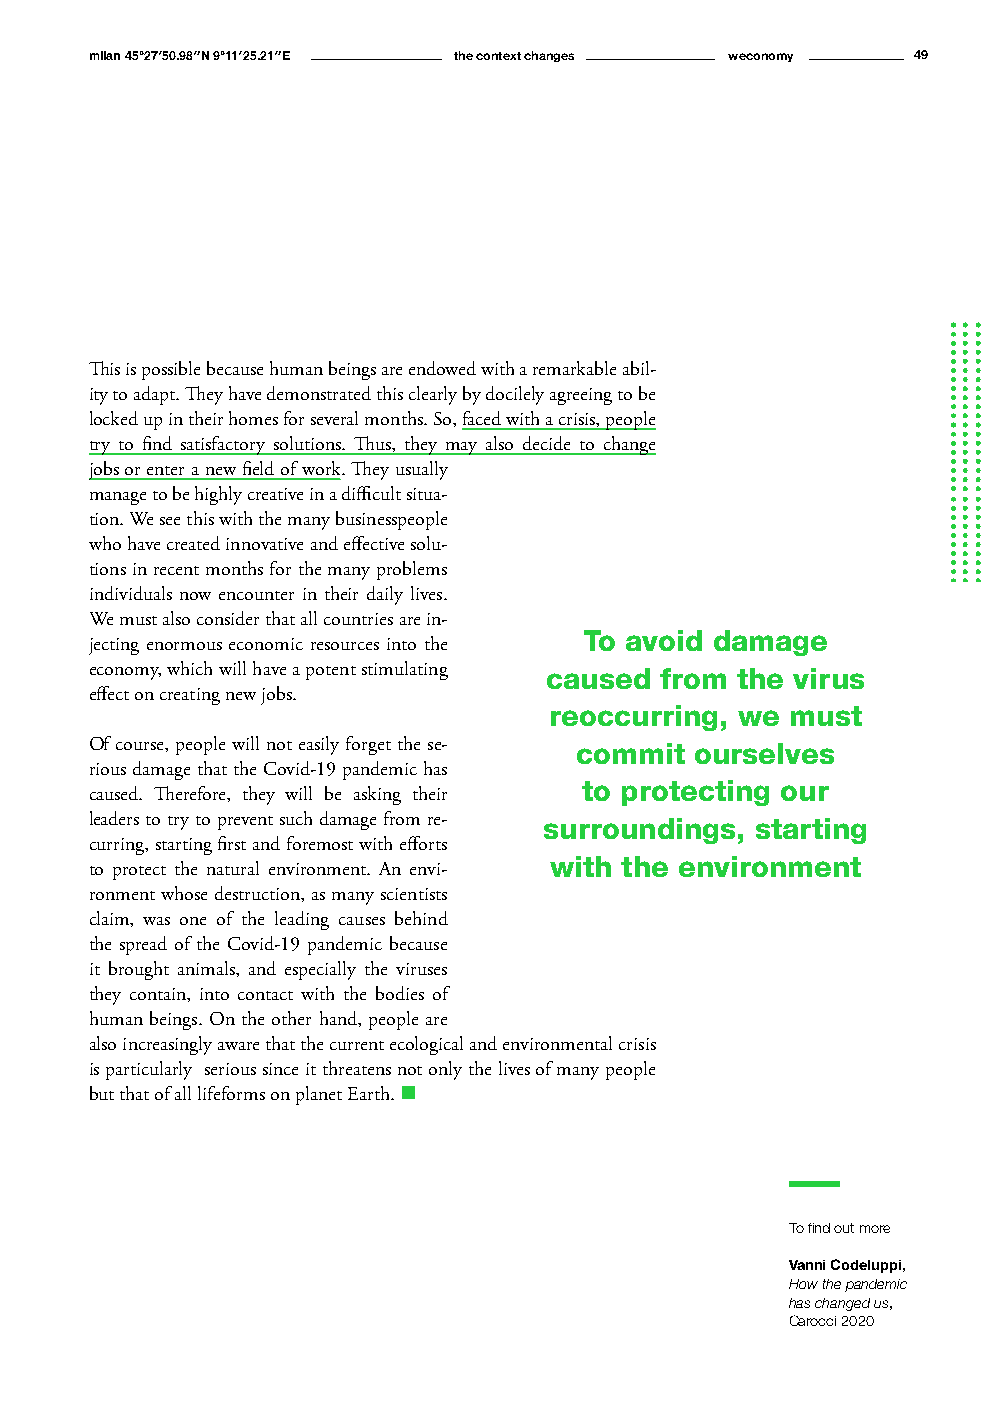
milan 45°27′50.98″N 9°11′25.21″E the context changes weconomy 49
 This is possible because human beings are endowed with a remarkable abil-
 ity to adapt. They have demonstrated this clearly by docilely agreeing to be
 locked up in their homes for several months. So, faced with a crisis, people
 try to find satisfactory solutions. Thus, they may also decide to change
 jobs or enter a new field of work. They usually
 manage to be highly creative in a difficult situa-
 tion. We see this with the many businesspeople
 who have created innovative and effective solu-
 tions in recent months for the many problems
 individuals now encounter in their daily lives.
 We must also consider that all countries are in-
 To avoid damage
 jecting enormous economic resources into the
 economy, which will have a potent stimulating caused from the virus
 effect on creating new jobs.
 reoccurring, we must
 Of course, people will not easily forget the se- commit ourselves
 rious damage that the Covid-19 pandemic has
 to protecting our
 caused. Therefore, they will be asking their
 leaders to try to prevent such damage from re- surroundings, starting
 curring, starting first and foremost with efforts
 with the environment
 to protect the natural environment. An envi-
 ronment whose destruction, as many scientists
 claim, was one of the leading causes behind
 the spread of the Covid-19 pandemic because
 it brought animals, and especially the viruses
 they contain, into contact with the bodies of
 human beings. On the other hand, people are
 also increasingly aware that the current ecological and environmental crisis
 is particularly serious since it threatens not only the lives of many people
 but that of all lifeforms on planet Earth. n
 To find out more
 Vanni Codeluppi,
 How the pandemic
 has changed us,
 Carocci 2020